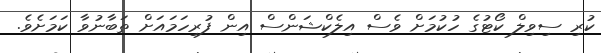
ކުރި ސިވިލް ކޯޓުގެ ހުކުމަށް ވެސް އިލެކްޝަންސް އިން ފުރިހަމައަށް ތަބާނުވާ ކަމަށެވެ.